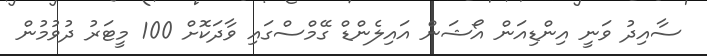
ސާއިދު ވަނީ އިންޑިއަން އޯޝަން އައިލެންޑް ގޭމްސްގައި ވާދަކޮށް 100 މީޓަރު ދުވުމުން